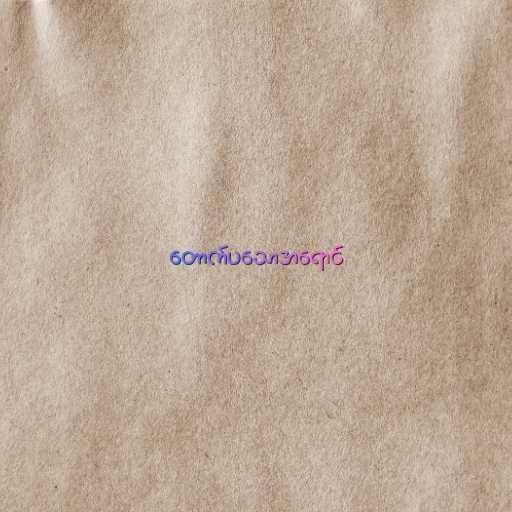
တောက်ပသောအရောင်